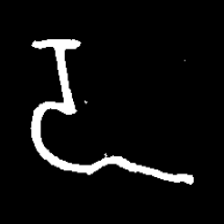
Pyu character \u2014 Myanmar letter: ဍ (romanized: dda)